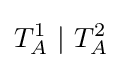
T_{A}^{1}~|~T_{A}^{2}